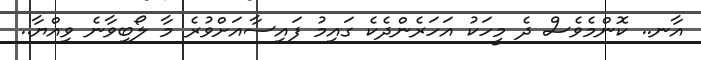
އާނ.. ކޮންމެވެސް ދެ މީހަކު އަހަރެންދެކެ ގައިމު ފައިސާއަށްވުރެ މާ ލޯބިވާނެ ވިއްޔާ..